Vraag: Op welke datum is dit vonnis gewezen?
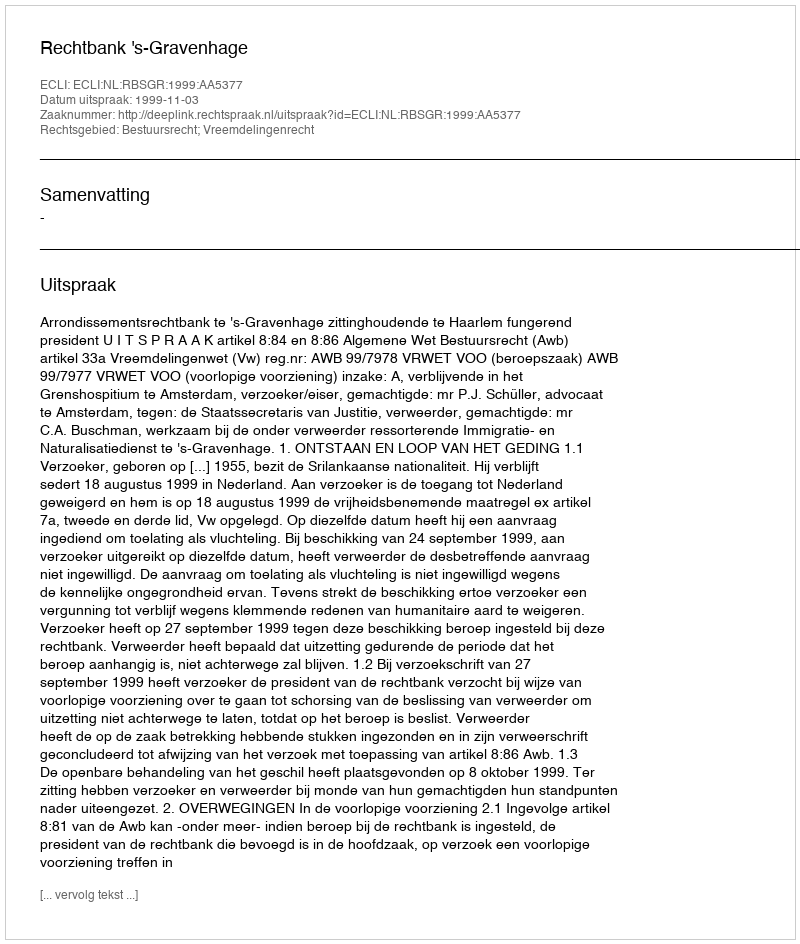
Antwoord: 1999-11-03